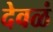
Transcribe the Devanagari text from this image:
देवळं